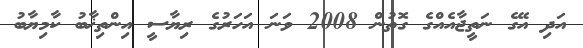
އަދި އޭގެ ނަތީޖާއެއްގެ ގޮތުން 2008 ވަނަ އަހަރުގެ ރިޔާސީ އިންތިޚާބު ކާމިޔާބު